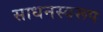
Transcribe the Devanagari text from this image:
साधनस्वरूप